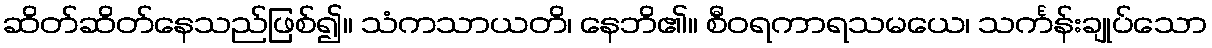
ဆိတ်ဆိတ်နေသည်ဖြစ်၍။ သံကသာယတိ၊ နေဘိ၏။ စီဝရကာရသမယေ၊ သင်္ကန်းချုပ်သော